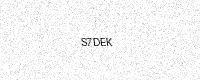
Text: S7DEK